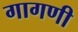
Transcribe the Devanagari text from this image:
गागणी